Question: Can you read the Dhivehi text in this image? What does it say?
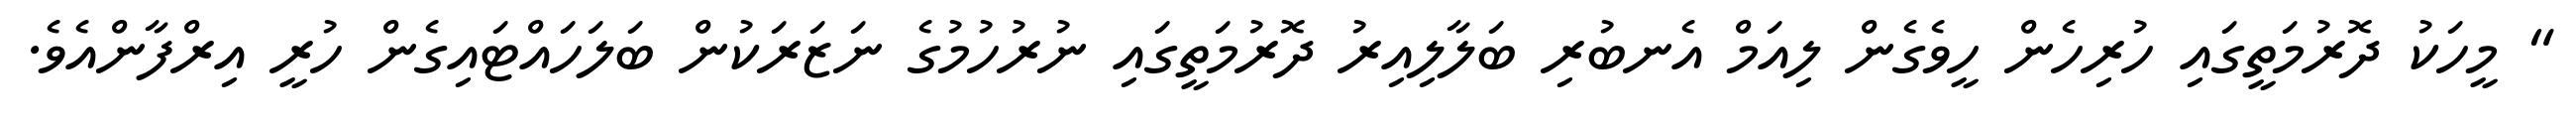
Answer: " މީހަކު ދޮރުމަތީގައި ހުރިހެން ހީވެގެން ލިއަމް އެނބުރި ބަލާލިއިރު ދޮރުމަތީގައި ނުރުހުމުގެ ނަޒަރަކުން ބަލަހައްޓައިގެން ހުރީ އިރްފާންއެވެ.